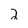
Character: 2